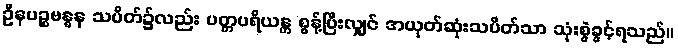
ဦနပဉ္စဗန္ဓန သပိတ်၌လည်း ပတ္တပရိယန္တ စွန့်ပြီးလျှင် အယုတ်ဆုံးသပိတ်သာ သုံးစွဲခွင့်ရသည်။